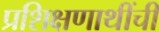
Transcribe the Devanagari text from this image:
प्रशिक्षणाथींची